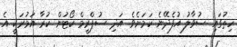
ހިތުގައި ސުވާލު އުފެދޭނެ ކަމަށެވެ. އަދި ސުޕްރީމް ކޯޓުން ކުރާ އަމުރަކީ އެ